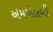
એમએલબી